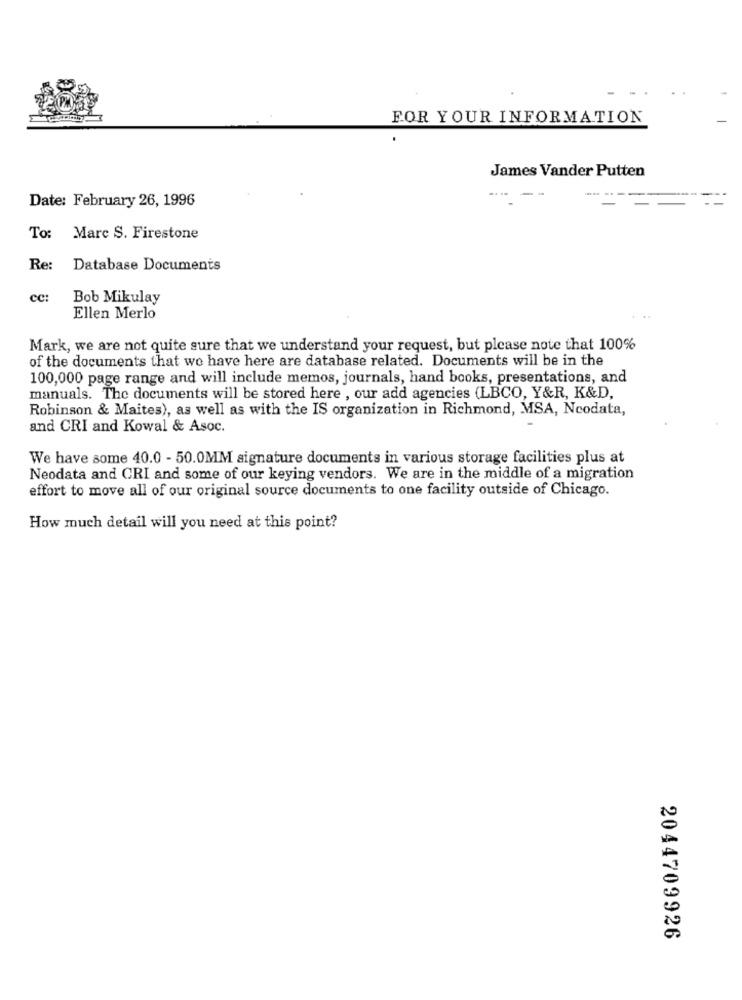
FOR YOUR INFORMATION
James Vander Putten
Date: February 26, 1996
To:
Marc S. Firestone
Re:
Database Documents
cc:
Bob Mikulay
Ellen Merlo
Mark, we are not quite sure that we understand your request, but please note that 100%
of the documents that we have here are database related. Documents will be in the
100,000 page range and will include memos, journals, hand books, presentations, and
manuals. The documents will be stored here , our add agencies (LBCO, Y&R, K&D,
Robinson & Maites), as well as with the IS organization in Richmond, MSA, Ncodata,
and CRI and Kowal & Asoc.
We have some 40.0 - 50.0MM signature documents in various storage facilities plus at
Neodata and CRI and some of our keying vendors. We are in the middle of a migration
effort to move all of our original source documents to one facility outside of Chicago.
How much detail will you need at this point?
2044709926